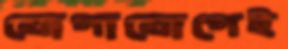
যোগাযোগেই